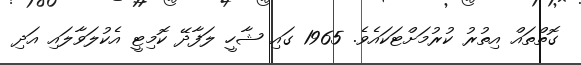
ގޮތްތައް އިތުރު ކުރުމަށްޓަކައެވެ. 1965 ގައި ޝާހީ ލަފާދޭ ކޮމިޓީ އެކުލަވާލައި އަދި